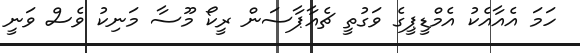
ހަމަ އެއާއެކު އެމްޑީޕީގެ ވަގުތީ ޗެއާޕާސަން ރީކޯ މޫސާ މަނިކު ވެސް ވަނީ